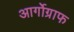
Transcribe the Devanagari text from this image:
आर्गोग्राफ